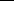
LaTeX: \_